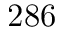
2 8 6